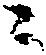
ニ